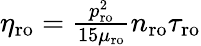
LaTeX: \begin{array}{r}{\eta_{\mathrm{ro}}=\frac{p_{\mathrm{ro}}^{2}}{15\mu_{\mathrm{ro}}}n_{\mathrm{ro}}\tau_{\mathrm{ro}}}\end{array}